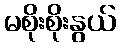
မစိုးစိုးနွယ်